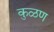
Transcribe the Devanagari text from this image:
कुळण